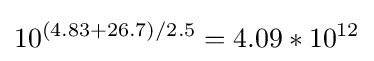
10^{(4.83+26.7)/2.5}=4.09*10^{12}